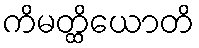
ကိမတ္ထိယောတိ